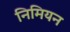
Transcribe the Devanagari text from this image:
निमियन